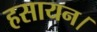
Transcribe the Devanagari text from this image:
हसायन।